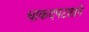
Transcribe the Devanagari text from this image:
धाकदपटशाने